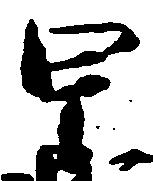
甲